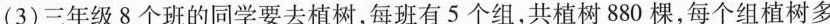
(3)三年级8个班的同学要去植树，每班有5个组，共植树880棵，每个组植树多